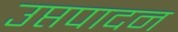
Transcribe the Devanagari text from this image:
उप्तपादन